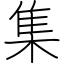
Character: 集